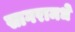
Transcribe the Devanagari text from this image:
सागरामधे